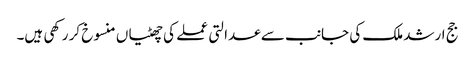
جج ارشد ملک کی جانب سے عدالتی عملے کی چھٹیاں منسوخ کر رکھی ہیں۔